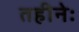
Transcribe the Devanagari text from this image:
तहीनेः